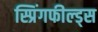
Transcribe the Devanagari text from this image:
स्प्रिंगफील्ड्स